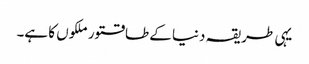
یہی طریقہ دنیا کے طاقتور ملکوں کا ہے۔